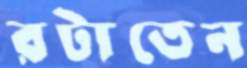
রটাতেন